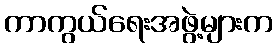
ကာကွယ်ရေးအဖွဲ့များက